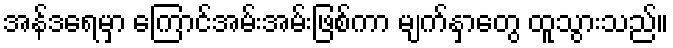
အန်ဒရေမှာ ကြောင်အမ်းအမ်းဖြစ်ကာ မျက်နှာတွေ ထူသွားသည်။